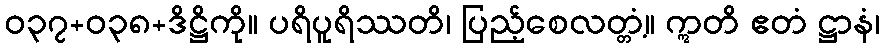
ဝ၃၇+၀၃၈+ဒိဋ္ဌိကို။ ပရိပူရိဿတိ၊ ပြည့်စေလတ္တံ့။ ဣတိ ဧတံ ဋ္ဌာနံ၊